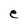
Character: e